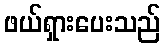
ဖယ်ရှားပေးသည်